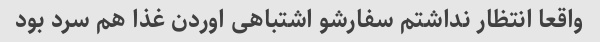
واقعا انتظار نداشتم سفارشو اشتباهی اوردن غذا هم سرد بود